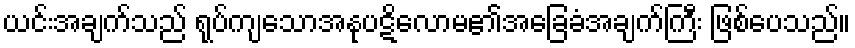
ယင်းအချက်သည် ရုပ်ကျသောအနုပဋိလောမ၏အခြေခံအချက်ကြီး ဖြစ်ပေသည်။